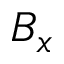
B _ { x }